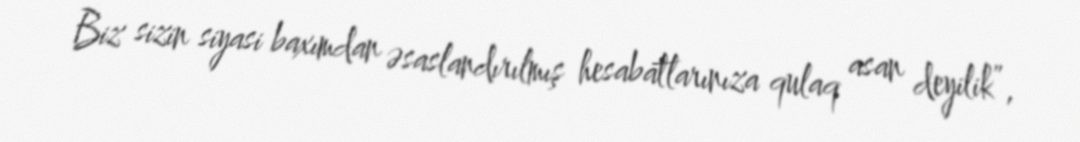
Biz sizin siyasi baxımdan əsaslandırılmış hesabatlarınıza qulaq asan deyilik”,